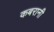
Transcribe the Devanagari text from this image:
कबरानी